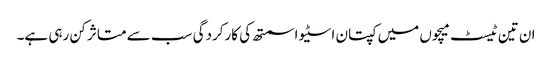
ان تین ٹیسٹ میچوں میں کپتان اسٹیو اسمتھ کی کارکردگی سب سے متاثر کن رہی ہے۔